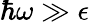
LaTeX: \hbar\omega\gg\epsilon